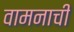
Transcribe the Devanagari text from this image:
वामनाची